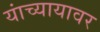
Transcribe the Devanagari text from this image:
यांच्यायावर